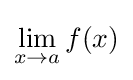
\lim _{x\to a}f(x)